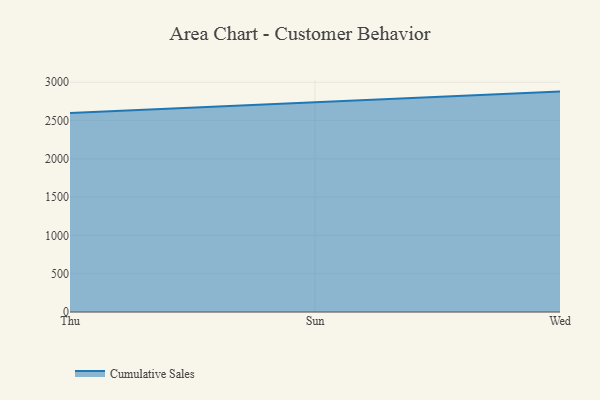
{"axis": {"x": "Day", "y": "Demand Index"}, "legend": ["Cumulative Sales"], "data": [{"x": "Thu", "y": 2598.0, "type": "Cumulative Sales"}, {"x": "Sun", "y": 2742.1, "type": "Cumulative Sales"}, {"x": "Wed", "y": 2878.3, "type": "Cumulative Sales"}]}